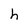
Character: h